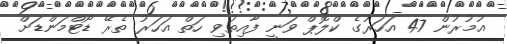
އުމުރުން 47 އަހަރުގެ ކްލޮޕް ވަނީ ފާއިތުވި ހަތް އަަހަރު ތެރޭ ޑޯޓްމަންޑަށް